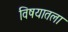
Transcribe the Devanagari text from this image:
विषयातला